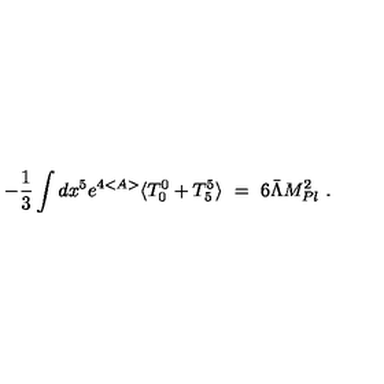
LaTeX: - \frac { 1 } { 3 } \int d x ^ { 5 } e ^ { 4 < A > } \langle T _ { 0 } ^ { 0 } + T _ { 5 } ^ { 5 } \rangle \ = \ 6 \bar { \Lambda } M _ { P l } ^ { 2 } \ .